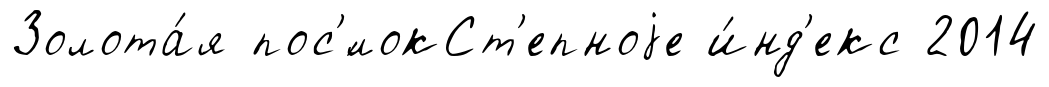
Золота́я пос'́локСт'епноjе и́нд'екс 2014